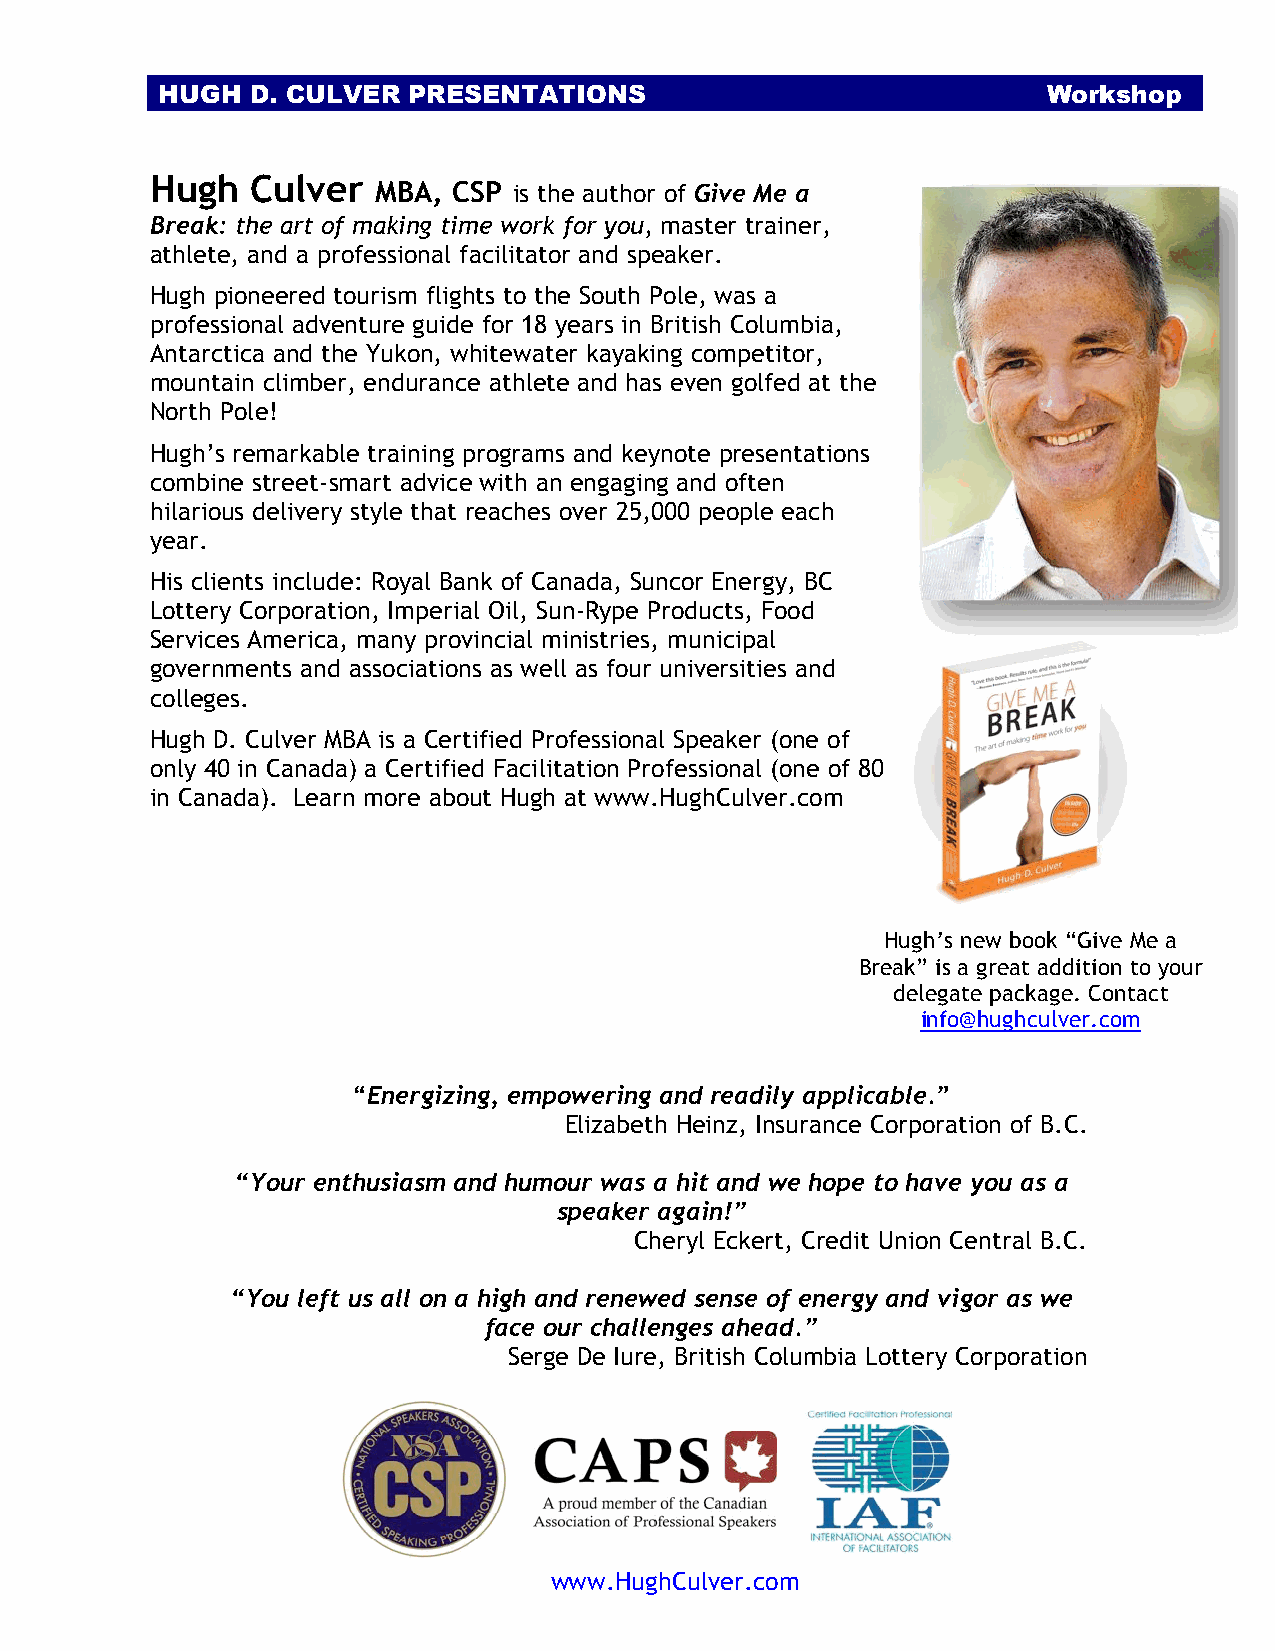
HUGH   D. CULVER PRESENTATIONS                             Workshop
 Hugh   Culver
 MBA, CSP is the author of Give Me a
 Break: the art of making time work for you, master trainer,
 athlete, and a professional facilitator and speaker.
 Hugh pioneered tourism flights to the South Pole, was a
 professional adventure guide for 18 years in British Columbia,
 Antarctica and the Yukon, whitewater kayaking competitor,
 mountain climber, endurance athlete and has even golfed at the
 North Pole!
 Hugh’s remarkable training programs and keynote presentations
 combine street-smart advice with an engaging and often
 hilarious delivery style that reaches over 25,000 people each
 year.
 His clients include: Royal Bank of Canada, Suncor Energy, BC
 Lottery Corporation, Imperial Oil, Sun-Rype Products, Food
 Services America, many provincial ministries, municipal
 governments and associations as well as four universities and
 colleges.
 Hugh D. Culver MBA is a Certified Professional Speaker (one of
 only 40 in Canada) a Certified Facilitation Professional (one of 80
 in Canada). Learn more about Hugh at www.HughCulver.com
 Hugh’s new book “Give Me a
 Break” is a great addition to your
 delegate package. Contact
 info@hughculver.com
 “Energizing, empowering and readily applicable.”
 Elizabeth Heinz, Insurance Corporation of B.C.
 “Your enthusiasm and humour was a hit and we hope to have you as a
 speaker again!”
 Cheryl Eckert, Credit Union Central B.C.
 “You left us all on a high and renewed sense of energy and vigor as we
 face our challenges ahead.”
 Serge De Iure, British Columbia Lottery Corporation
 www.HughCulver.com